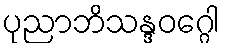
ပုညာဘိသန္ဒဝဂ္ဂေါ